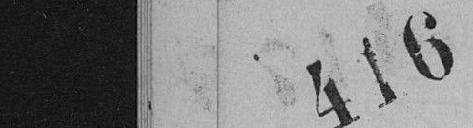
416